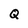
Character: Q